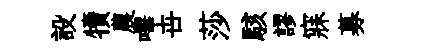
設犢農嗶卋莎駭謬寐募